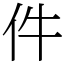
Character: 件